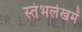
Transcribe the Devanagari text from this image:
स्‍तंभलेखमें